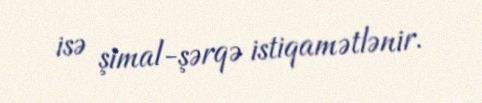
isə şimal-şərqə istiqamətlənir.